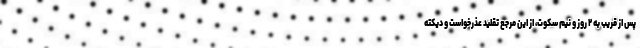
پس از قریب به ۲ روز و نیم سکوت، از این مرجع تقلید عذرخواست و دیکته